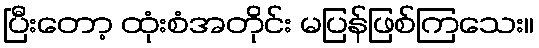
ပြီးတော့ ထုံးစံအတိုင်း မပြန်ဖြစ်ကြသေး။